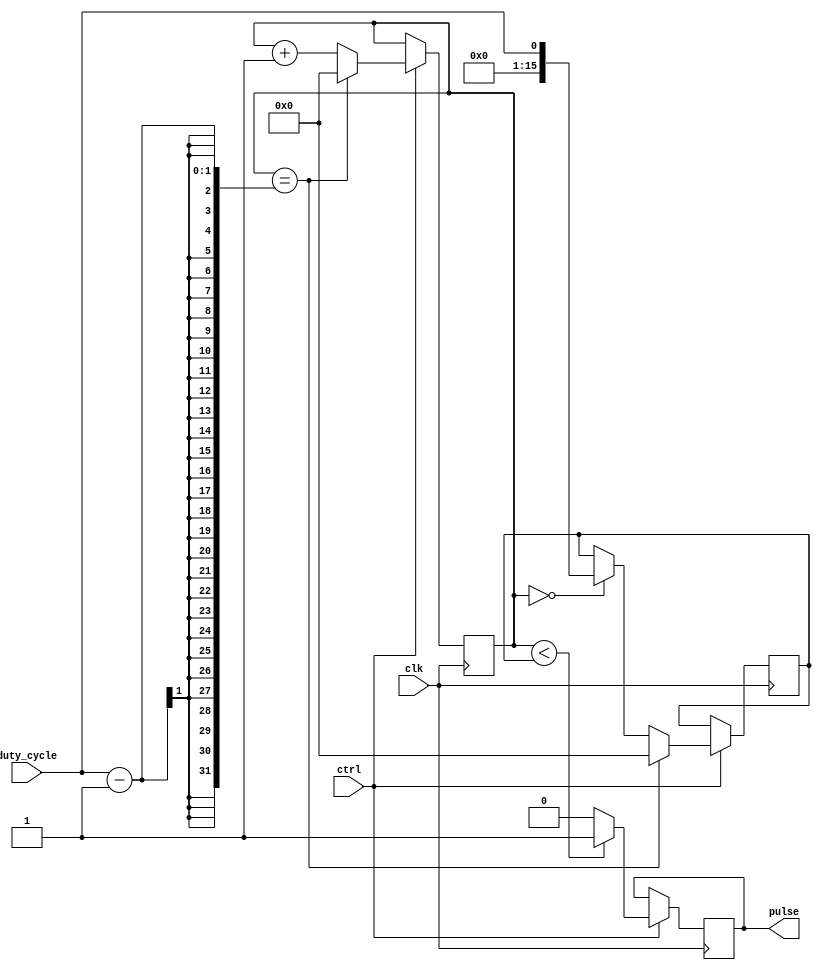
module duty_cycle_pulse_generator (
    input wire clk,
    input wire ctrl,
    input wire duty_cycle,
    output reg pulse
);

reg [15:0] counter;
reg [15:0] pulse_width;

always @(posedge clk) begin
    if (ctrl) begin
        if (counter < pulse_width) begin
            pulse <= 1;
        end else begin
            pulse <= 0;
        end
        
        counter <= counter + 1;
        if (counter == duty_cycle - 1) begin
            pulse_width <= 0;
            counter <= 0;
        end else if (counter == 0) begin
            pulse_width <= duty_cycle;
        end
    end
end

endmodule